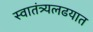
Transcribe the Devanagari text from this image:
स्वातंत्र्यलढयात